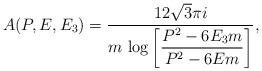
LaTeX: \begin{align*}A(P,E,E_3)={12\sqrt{3}\pi i\over m ~\displaystyle{\log\left[{P^2-6E_3m\over P^2-6Em}\right]}},\end{align*}